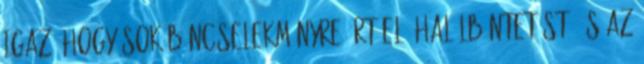
igaz, hogy sok bűncselekményre írt elő halálbüntetést, és az